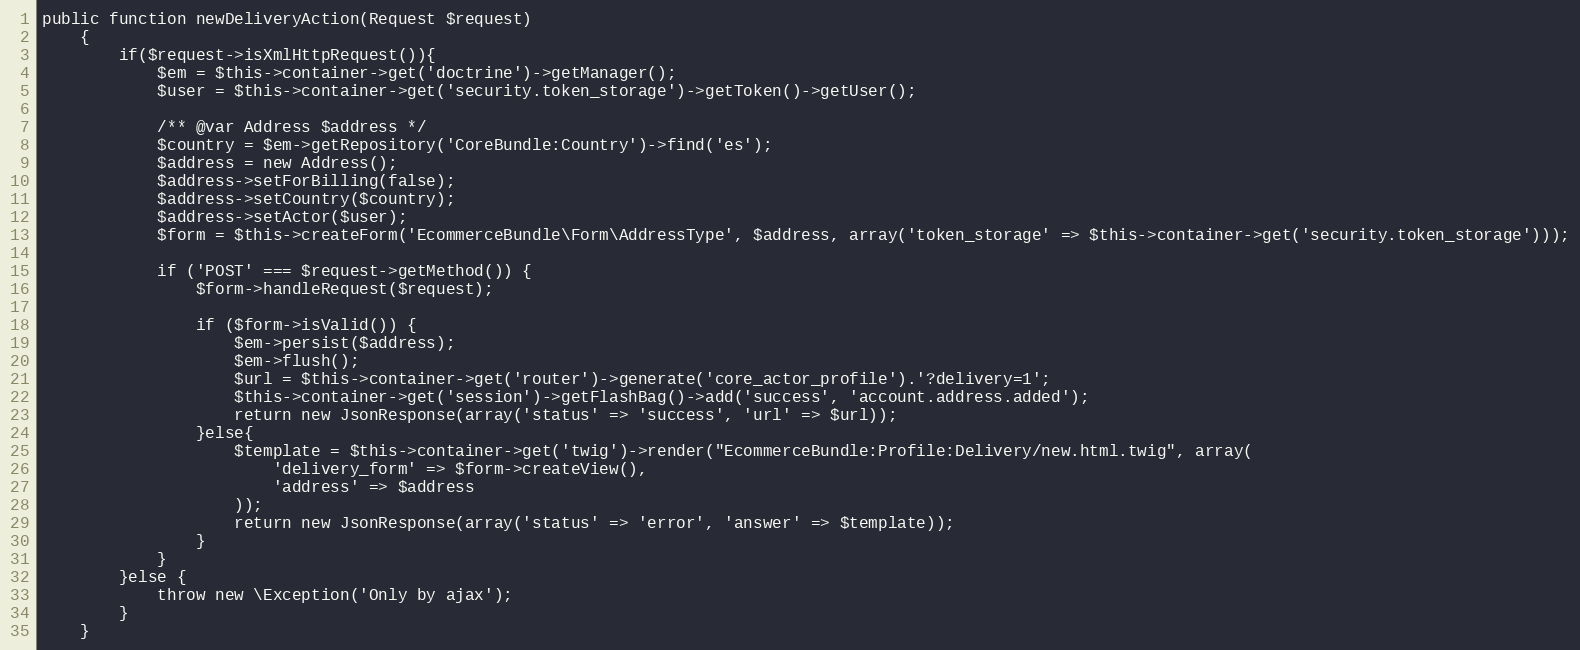
Language: PHP
public function newDeliveryAction(Request $request)
    {
        if($request->isXmlHttpRequest()){
            $em = $this->container->get('doctrine')->getManager();
            $user = $this->container->get('security.token_storage')->getToken()->getUser();

            /** @var Address $address */
            $country = $em->getRepository('CoreBundle:Country')->find('es');
            $address = new Address();
            $address->setForBilling(false);
            $address->setCountry($country);
            $address->setActor($user);
            $form = $this->createForm('EcommerceBundle\Form\AddressType', $address, array('token_storage' => $this->container->get('security.token_storage')));

            if ('POST' === $request->getMethod()) {
                $form->handleRequest($request);

                if ($form->isValid()) {
                    $em->persist($address);
                    $em->flush();
                    $url = $this->container->get('router')->generate('core_actor_profile').'?delivery=1';
                    $this->container->get('session')->getFlashBag()->add('success', 'account.address.added');
                    return new JsonResponse(array('status' => 'success', 'url' => $url));
                }else{
                    $template = $this->container->get('twig')->render("EcommerceBundle:Profile:Delivery/new.html.twig", array(
                        'delivery_form' => $form->createView(),
                        'address' => $address
                    ));
                    return new JsonResponse(array('status' => 'error', 'answer' => $template));
                }
            }
        }else {
            throw new \Exception('Only by ajax');
        }
    }